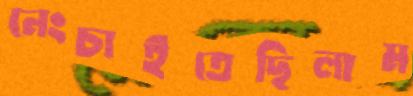
নেংচাইতেছিলাম